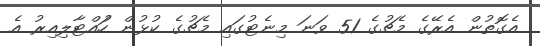
އެގޮތުން އެރޭގެ މެޗުގެ 51 ވަނަ މިނެޓުގައި މެޗުގެ ކުޅުން ހުައްޓާލިއިރު އެ